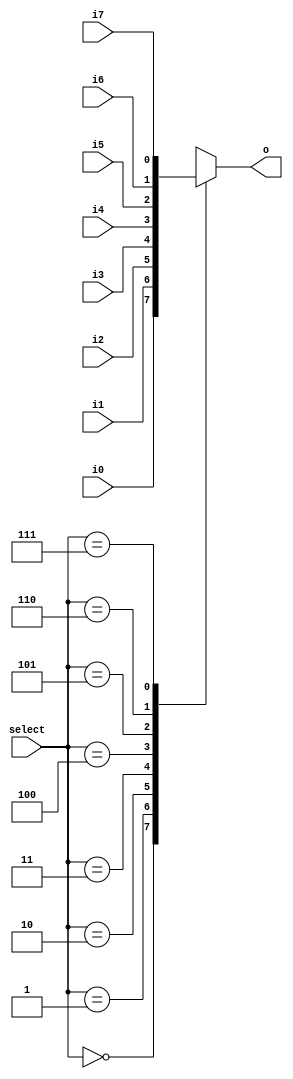
`timescale 1ns / 1ps
//////////////////////////////////////////////////////////////////////////////////
// Company: 
// Engineer: 
// 
// Design Name: 
// Module Name: MUX8to1
// Project Name: 
// Target Devices: 
// Tool Versions: 
// Description: 
// 
// Dependencies: 
// 
// Revision:
// Revision 0.01 - File Created
// Additional Comments:
// 
//////////////////////////////////////////////////////////////////////////////////


module MUX8to1_1bit(
    input i0,
    input i1,
    input i2,
    input i3,
    input i4,
    input i5,
    input i6,
    input i7,
    input [2:0]select,
    output reg o
    );
    always @* begin
        case(select)
            0: o = i0;
            1: o = i1;
            2: o = i2;
            3: o = i3;
            4: o = i4;
            5: o = i5;
            6: o = i6;
            7: o = i7;
            default: o = 0;
        endcase
    end
endmodule